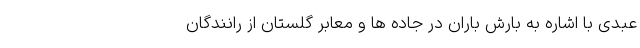
عبدی با اشاره به بارش باران در جاده ها و معابر گلستان از رانندگان